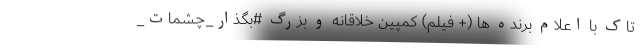
تاک با اعلام برنده ها (+ فیلم) کمپین خلاقانه و بزرگ #بگذار_چشمات_